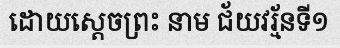
ដោយស្តេចព្រះ នាម ជ័យវរ្ម័នទី១